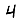
Digit: 4